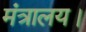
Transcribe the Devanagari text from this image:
मंत्रालय।